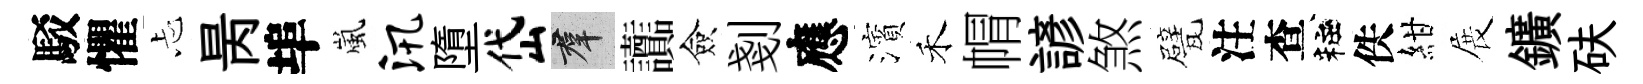
駁懼忐昺埠嵐汛墮岱群讟僉剗應濱禾㡌諺煞甓注查粧佚紺展鑛砆